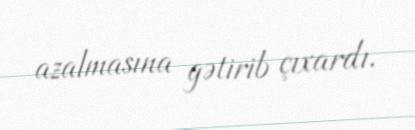
azalmasına gətirib çıxardı.